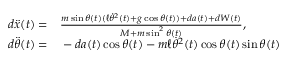
\begin{array} { r l } { d \ddot { x } ( t ) = } & { { } \frac { m \sin \theta ( t ) ( \ell \dot { \theta } ^ { 2 } ( t ) + g \cos \theta ( t ) ) + d a ( t ) + d W ( t ) } { M + m \sin ^ { 2 } \theta ( t ) } , } \\ { d \ddot { \theta } ( t ) = } & { { } - d a ( t ) \cos \theta ( t ) - m \ell \dot { \theta } ^ { 2 } ( t ) \cos \theta ( t ) \sin \theta ( t ) } \end{array}